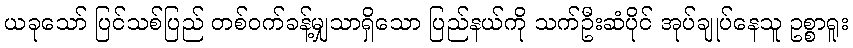
ယခုသော် ပြင်သစ်ပြည် တစ်ဝက်ခန့်မျှသာရှိသော ပြည်နယ်ကို သက်ဦးဆံပိုင် အုပ်ချုပ်နေသူ ဥစ္စာရူး